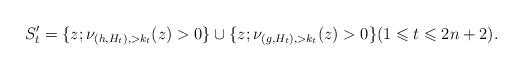
LaTeX: \begin{align*}&S_t'=\{z;\nu_{(h,H_t),>k_t}(z)>0\}\cup \{z;\nu_{(g,H_t),>k_t}(z)>0\}(1\leqslant t\leqslant 2n+2) . \end{align*}